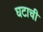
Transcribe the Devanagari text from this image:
घटाची